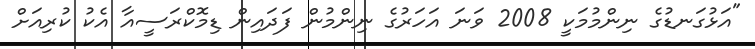
"އަޅުގަނޑުގެ ނިންމުމަކީ 2008 ވަނަ އަހަރުގެ ނިންމުން ފަދައިން ޑިމޮކްރަސީއާ އެކު ކުރިއަށް